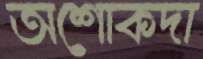
অশোকদা